Civil Veterinary Dept. North-West Frontier Province 1901-22 - 1901-1922
Year: 1901
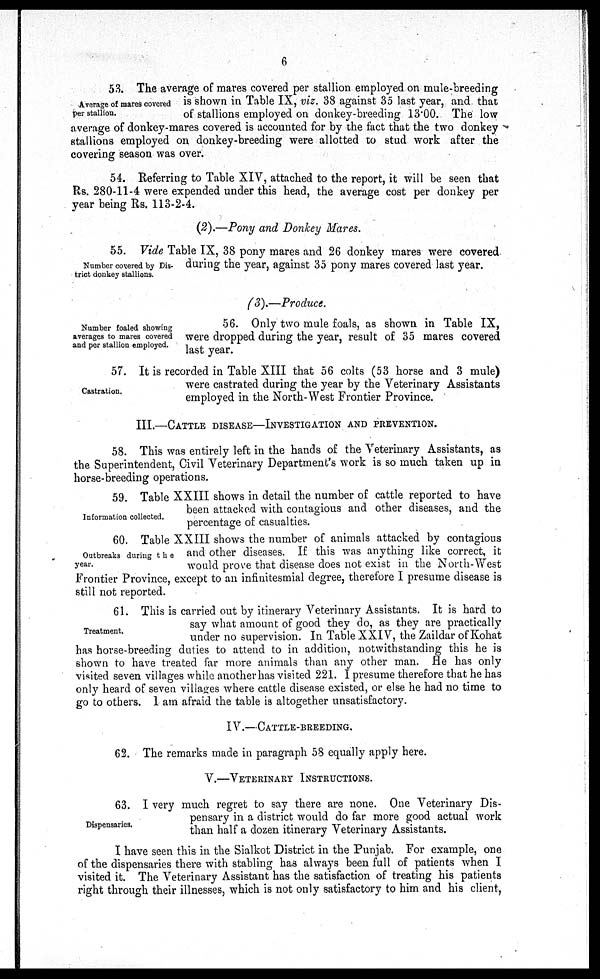
6
Average of mares covered
per stallion.
53. The average of mares covered per stallion employed on mule-breeding
is shown in Table IX, viz. 38 against 35 last year, and that
of stallions employed on donkey-breeding 13.00. The low
average of donkey-mares covered is accounted for by the fact that the two donkey
stallions employed on donkey-breeding were allotted to stud work after the
covering season was over.
54. Referring to Table XIV, attached to the report, it will be seen that
Rs. 280-11-4 were expended under this head, the average cost per donkey per
year being Rs. 113-2-4.
(2).—Pony and Donkey Mares.
Number covered by Dis-
trict donkey stallions.
55. Vide Table IX, 38 pony mares and 26 donkey mares were covered
during the year, against 35 pony mares covered last year.
(3).—Produce.
Number foaled showing
averages to mares covered
and per stallion employed.
56. Only two mule foals, as shown in Table IX,
were dropped during the year, result of 35 mares covered
last year.
Castration.
57. It is recorded in Table XIII that 56 colts (53 horse and 3 mule)
were castrated during the year by the Veterinary Assistants
employed in the North-West Frontier Province.
III.—CATTLE DISEASE—INVESTIGATION AND PREVENTION.
58. This was entirely left in the hands of the Veterinary Assistants, as
the Superintendent, Civil Veterinary Department's work is so much taken up in
horse-breeding operations.
Information collected.
59. Table XXIII shows in detail the number of cattle reported to have
been attacked with contagious and other diseases, and the
percentage of casualties.
Outbreaks during the
year.
60. Table XXIII shows the number of animals attacked by contagious
and other diseases. If this was anything like correct, it
would prove that disease does not exist in the North-West
Frontier Province, except to an infinitesimal degree, therefore I presume disease is
still not reported.
Treatment.
61. This is carried out by itinerary Veterinary Assistants. It is hard to
say what amount of good they do, as they are practically
under no supervision. In Table XXIV, the Zaildar of Kohat
has horse-breeding duties to attend to in addition, notwithstanding this he is
shown to have treated far more animals than any other man. He has only
visited seven villages while another has visited 221. I presume therefore that he has
only heard of seven villages where cattle disease existed, or else he had no time to
go to others. I am afraid the table is altogether unsatisfactory.
IV.—CATTLE-BREEDING.
62. The remarks made in paragraph 58 equally apply here.
V.—VETERINARY INSTRUCTIONS.
Dispensaries.
63. I very much regret to say there are none. One Veterinary Dis-
pensary in a district would do far more good actual work
than half a dozen itinerary Veterinary Assistants.
I have seen this in the Sialkot District in the Punjab. For example, one
of the dispensaries there with stabling has always been full of patients when I
visited it. The Veterinary Assistant has the satisfaction of treating his patients
right through their illnesses, which is not only satisfactory to him and his client,